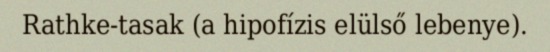
Rathke-tasak (a hipofízis elülső lebenye).